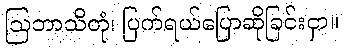
ဩဘာသိတုံ၊ ပြက်ရယ်ပြောဆိုခြင်းငှာ။